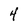
Character: 4